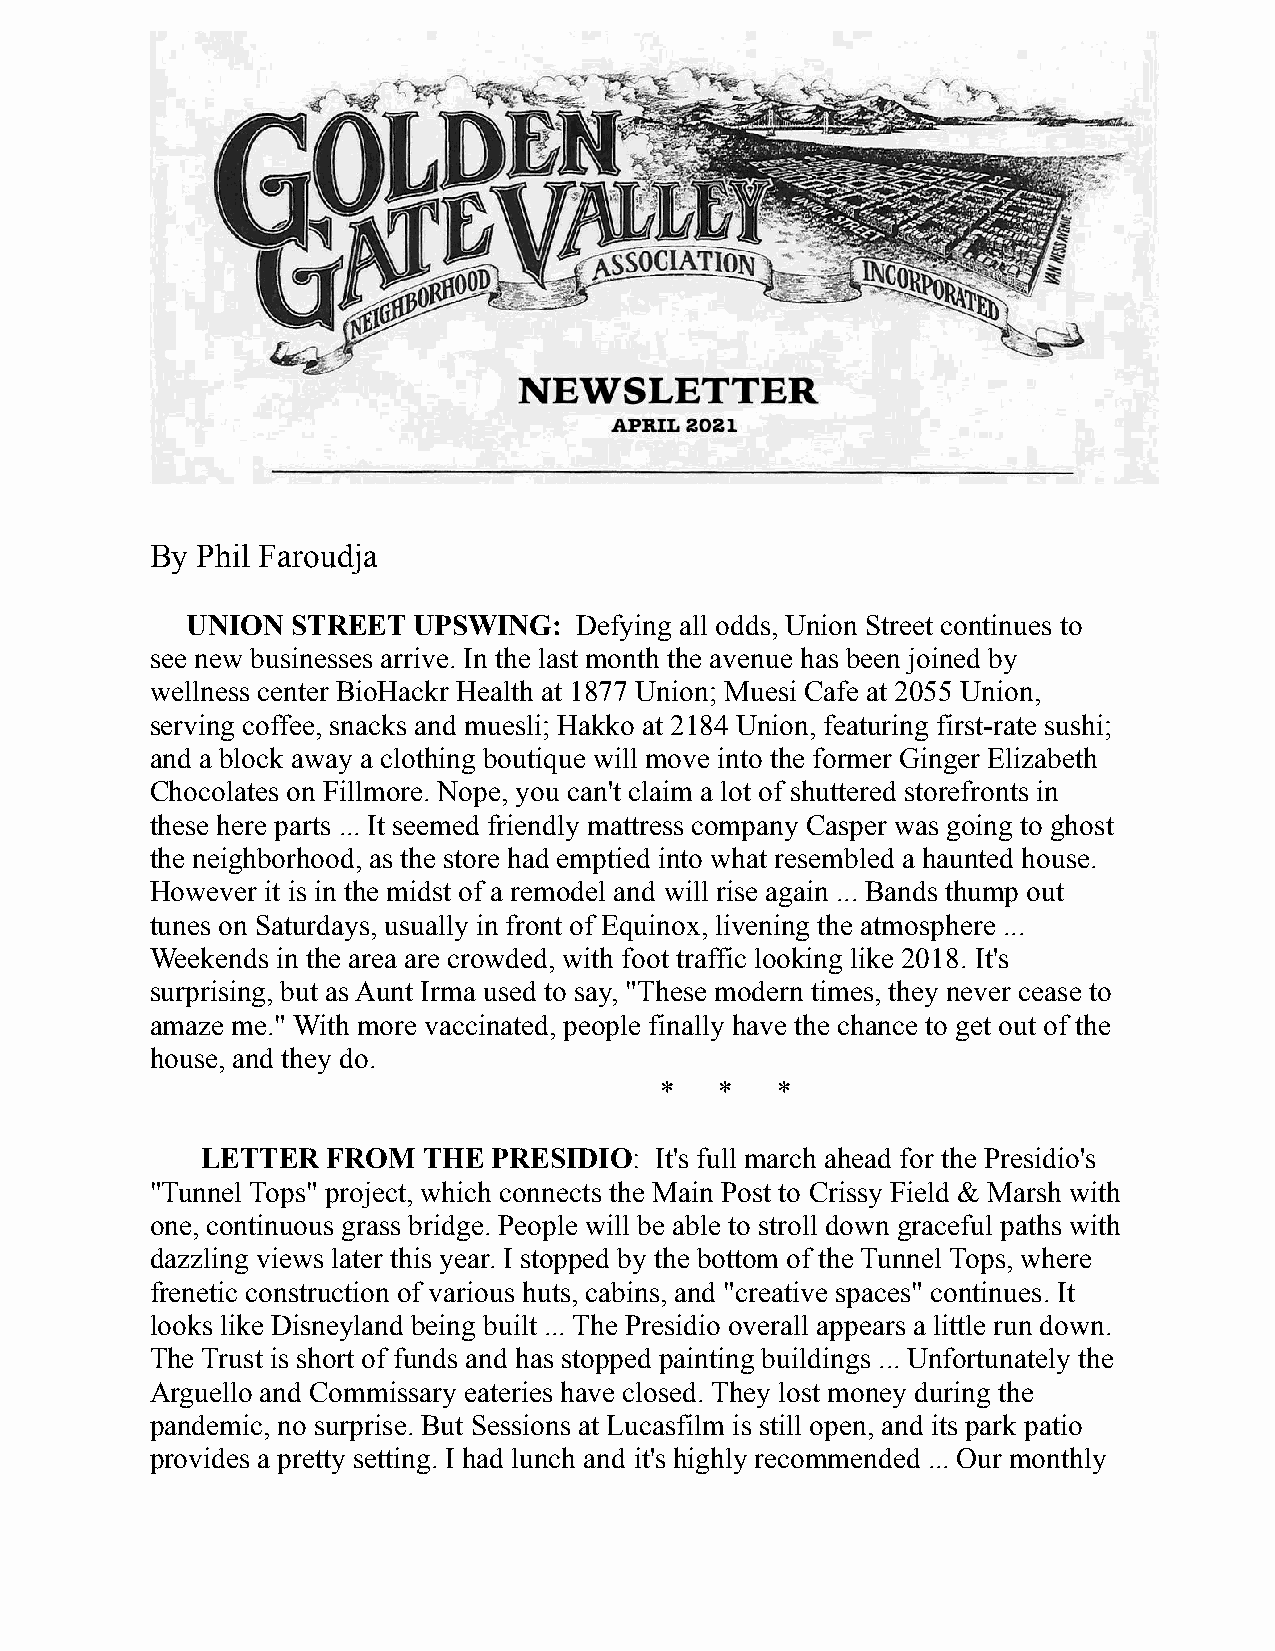
By Phil Faroudja
 UNION  STREET  UPSWING:   Defying all odds, Union Street continues to
 see new businesses arrive. In the last month the avenue has been joined by
 wellness center BioHackr Health at 1877 Union; Muesi Cafe at 2055 Union,
 serving coffee, snacks and muesli; Hakko at 2184 Union, featuring first-rate sushi;
 and a block away a clothing boutique will move into the former Ginger Elizabeth
 Chocolates on Fillmore. Nope, you can't claim a lot of shuttered storefronts in
 these here parts ... It seemed friendly mattress company Casper was going to ghost
 the neighborhood, as the store had emptied into what resembled a haunted house.
 However it is in the midst of a remodel and will rise again ... Bands thump out
 tunes on Saturdays, usually in front of Equinox, livening the atmosphere ...
 Weekends in the area are crowded, with foot traffic looking like 2018. It's
 surprising, but as Aunt Irma used to say, "These modern times, they never cease to
 amaze me." With more vaccinated, people finally have the chance to get out of the
 house, and they do.
 *   *  *
 LETTER   FROM  THE  PRESIDIO: It's full march ahead for the Presidio's
 "Tunnel Tops" project, which connects the Main Post to Crissy Field & Marsh with
 one, continuous grass bridge. People will be able to stroll down graceful paths with
 dazzling views later this year. I stopped by the bottom of the Tunnel Tops, where
 frenetic construction of various huts, cabins, and "creative spaces" continues. It
 looks like Disneyland being built ... The Presidio overall appears a little run down.
 The Trust is short of funds and has stopped painting buildings ... Unfortunately the
 Arguello and Commissary eateries have closed. They lost money during the
 pandemic, no surprise. But Sessions at Lucasfilm is still open, and its park patio
 provides a pretty setting. I had lunch and it's highly recommended ... Our monthly